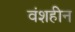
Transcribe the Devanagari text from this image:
वंशहीन